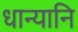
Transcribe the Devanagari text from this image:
धान्यानि